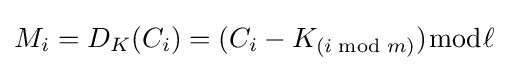
M_{i}=D_{K}(C_{i})=(C_{i}-K_{(i{\bmod {m}})}){\bmod {\ell }}